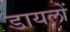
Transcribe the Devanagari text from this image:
डायलों